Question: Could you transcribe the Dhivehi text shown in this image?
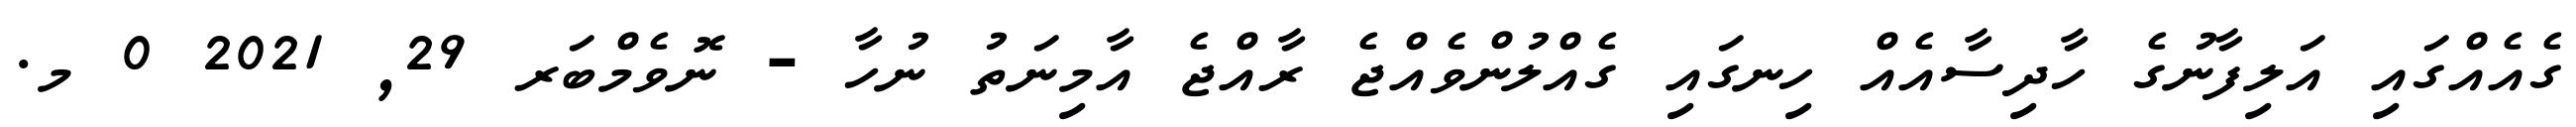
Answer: ގެއެއްގައި އަލިފާނުގެ ހާދިސާއެއް ހިނގައި ގެއްލުންވެއްޖެ ރާއްޖެ އާމިނަތު ނުހާ - ނޮވެމްބަރ 29, 2021 0 މ.